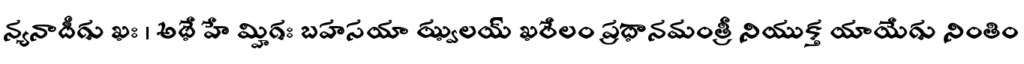
న్యనాదీగు ఖః । అథే హే మ్హిగః బహసయా ఝ్వలయ్ ఖరేలం ప్రధానమంత్రీ నియుక్త యాయేగు నింతిం